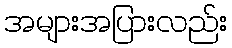
အများအပြားလည်း